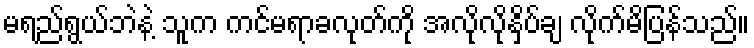
မရည်ရွယ်ဘဲနဲ့ သူက ကင်မရာခလုတ်ကို အလိုလိုနှိပ်ချ လိုက်မိပြန်သည်။